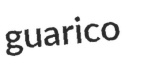
guarico